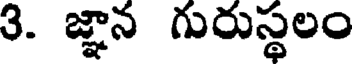
3. జ్ఞాన గురుస్థలం